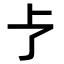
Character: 𪟽